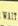
wait